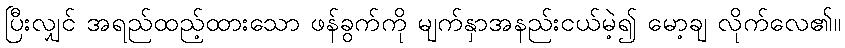
ပြီးလျှင် အရည်ထည့်ထားသော ဖန်ခွက်ကို မျက်နှာအနည်းငယ်မဲ့၍ မော့ချ လိုက်လေ၏။